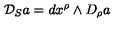
{ \cal { D } } _ { S } a = d x ^ { \rho } \wedge D _ { \rho } a